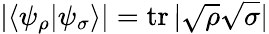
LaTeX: |\langle\psi_{\rho}|\psi_{\sigma}\rangle|=\operatorname{tr}|{\sqrt{\rho}}{\sqrt{\sigma}}|